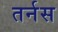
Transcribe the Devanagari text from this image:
तर्नस